NASA-UAP-D2, Apollo 17 Transcript, 1972
Agency: NASA
Incident date: 1972
Incident location: Moon
Page 5
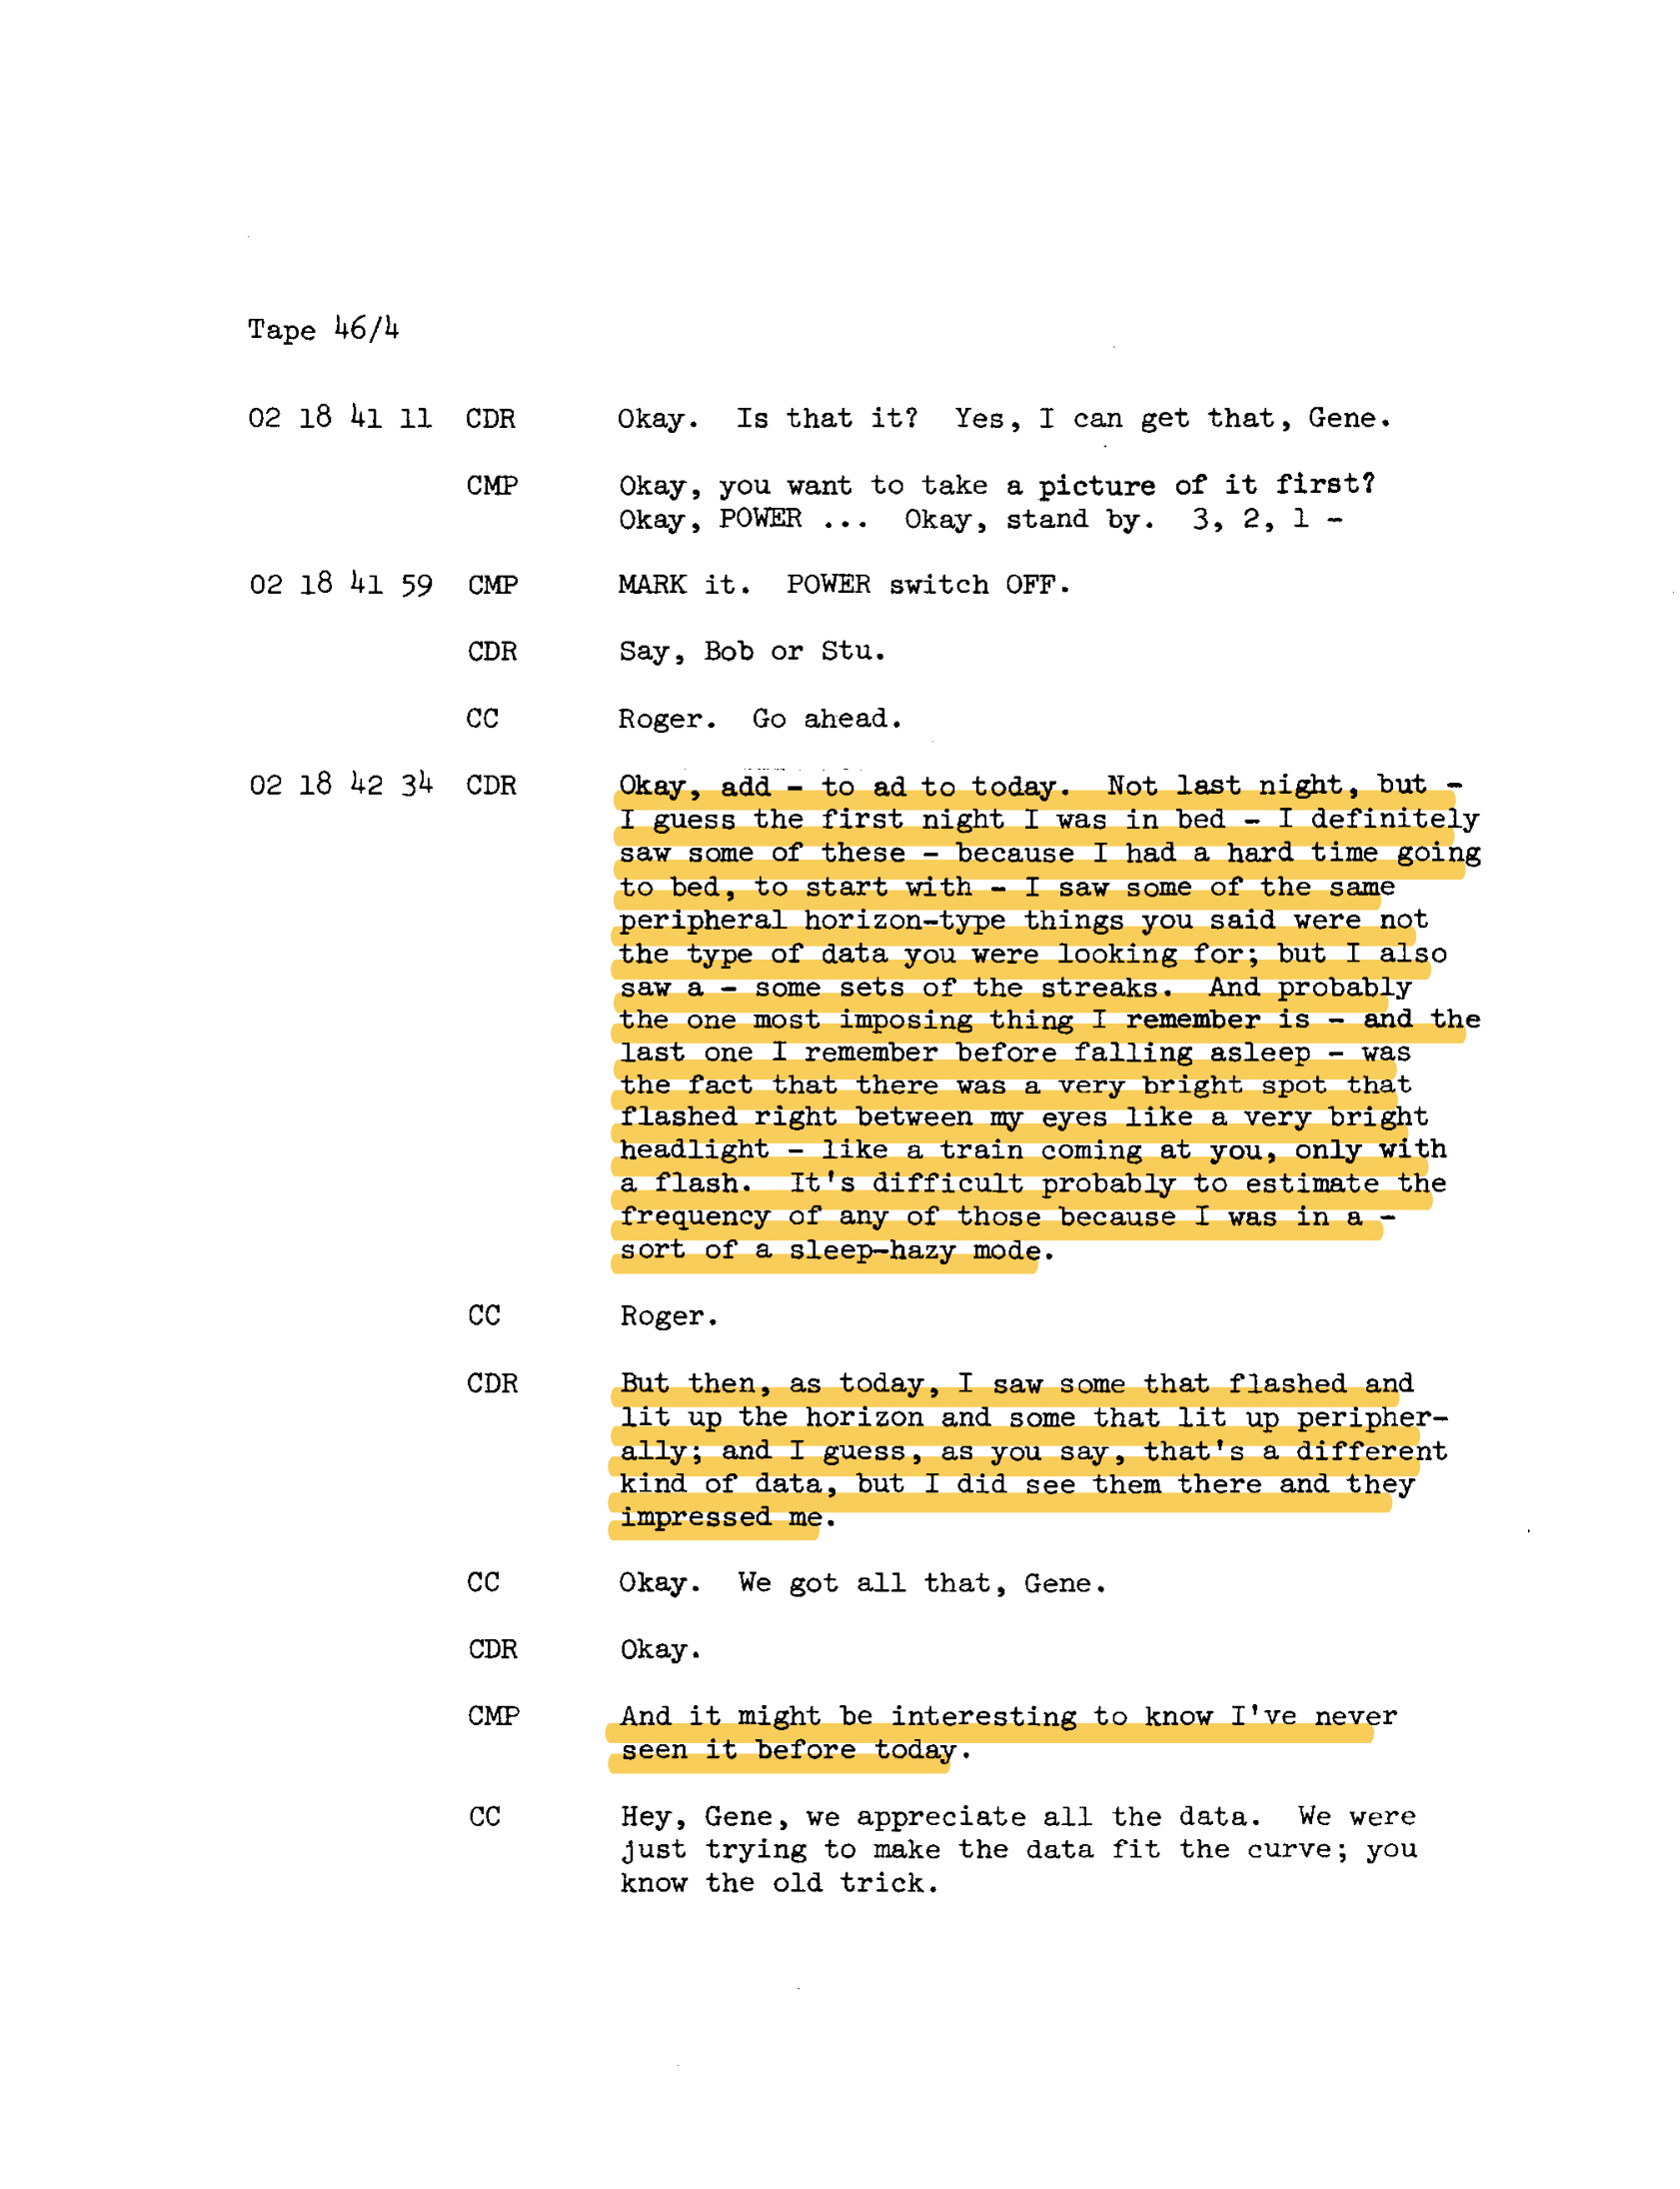